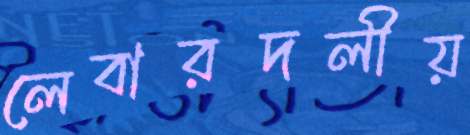
লেবারদলীয়